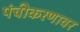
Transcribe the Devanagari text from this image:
पंचीकरणावर